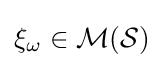
\xi _{\omega }\in {\mathcal {M}}({\mathcal {S}})